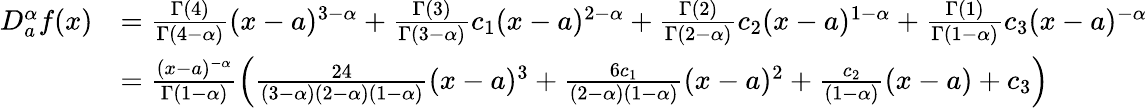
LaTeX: \begin{array}{rl}{D_{a}^{\alpha}f(x)}&{=\frac{\Gamma(4)}{\Gamma(4-\alpha)}(x-a)^{3-\alpha}+\frac{\Gamma(3)}{\Gamma(3-\alpha)}c_{1}(x-a)^{2-\alpha}+\frac{\Gamma(2)}{\Gamma(2-\alpha)}c_{2}(x-a)^{1-\alpha}+\frac{\Gamma(1)}{\Gamma(1-\alpha)}c_{3}(x-a)^{-\alpha}}\\ &{=\frac{(x-a)^{-\alpha}}{\Gamma(1-\alpha)}\left(\frac{24}{(3-\alpha)(2-\alpha)(1-\alpha)}(x-a)^{3}+\frac{6c_{1}}{(2-\alpha)(1-\alpha)}(x-a)^{2}+\frac{c_{2}}{(1-\alpha)}(x-a)+c_{3}\right)}\end{array}